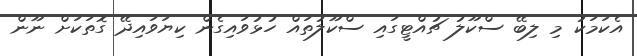
އެކަމަކު މި ލިބޭ ސްކޫލު ޗުއްޓީގައި ސްކޫލުތައް ހުޅުވައިގެން ކިޔަވައިދޭ ގޮތަކަށް ނޫން